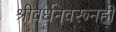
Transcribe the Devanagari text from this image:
श्रीवर्धनवरूनही